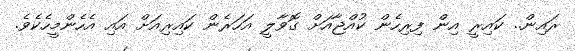
ރައިން.. ކައިރީ އިން ފިރިހެން ކުއްޖާއަށް ގޮވާލީ އަހަރެން ކައިރިއަށް އައި އެހެންމީހެކެވެ.